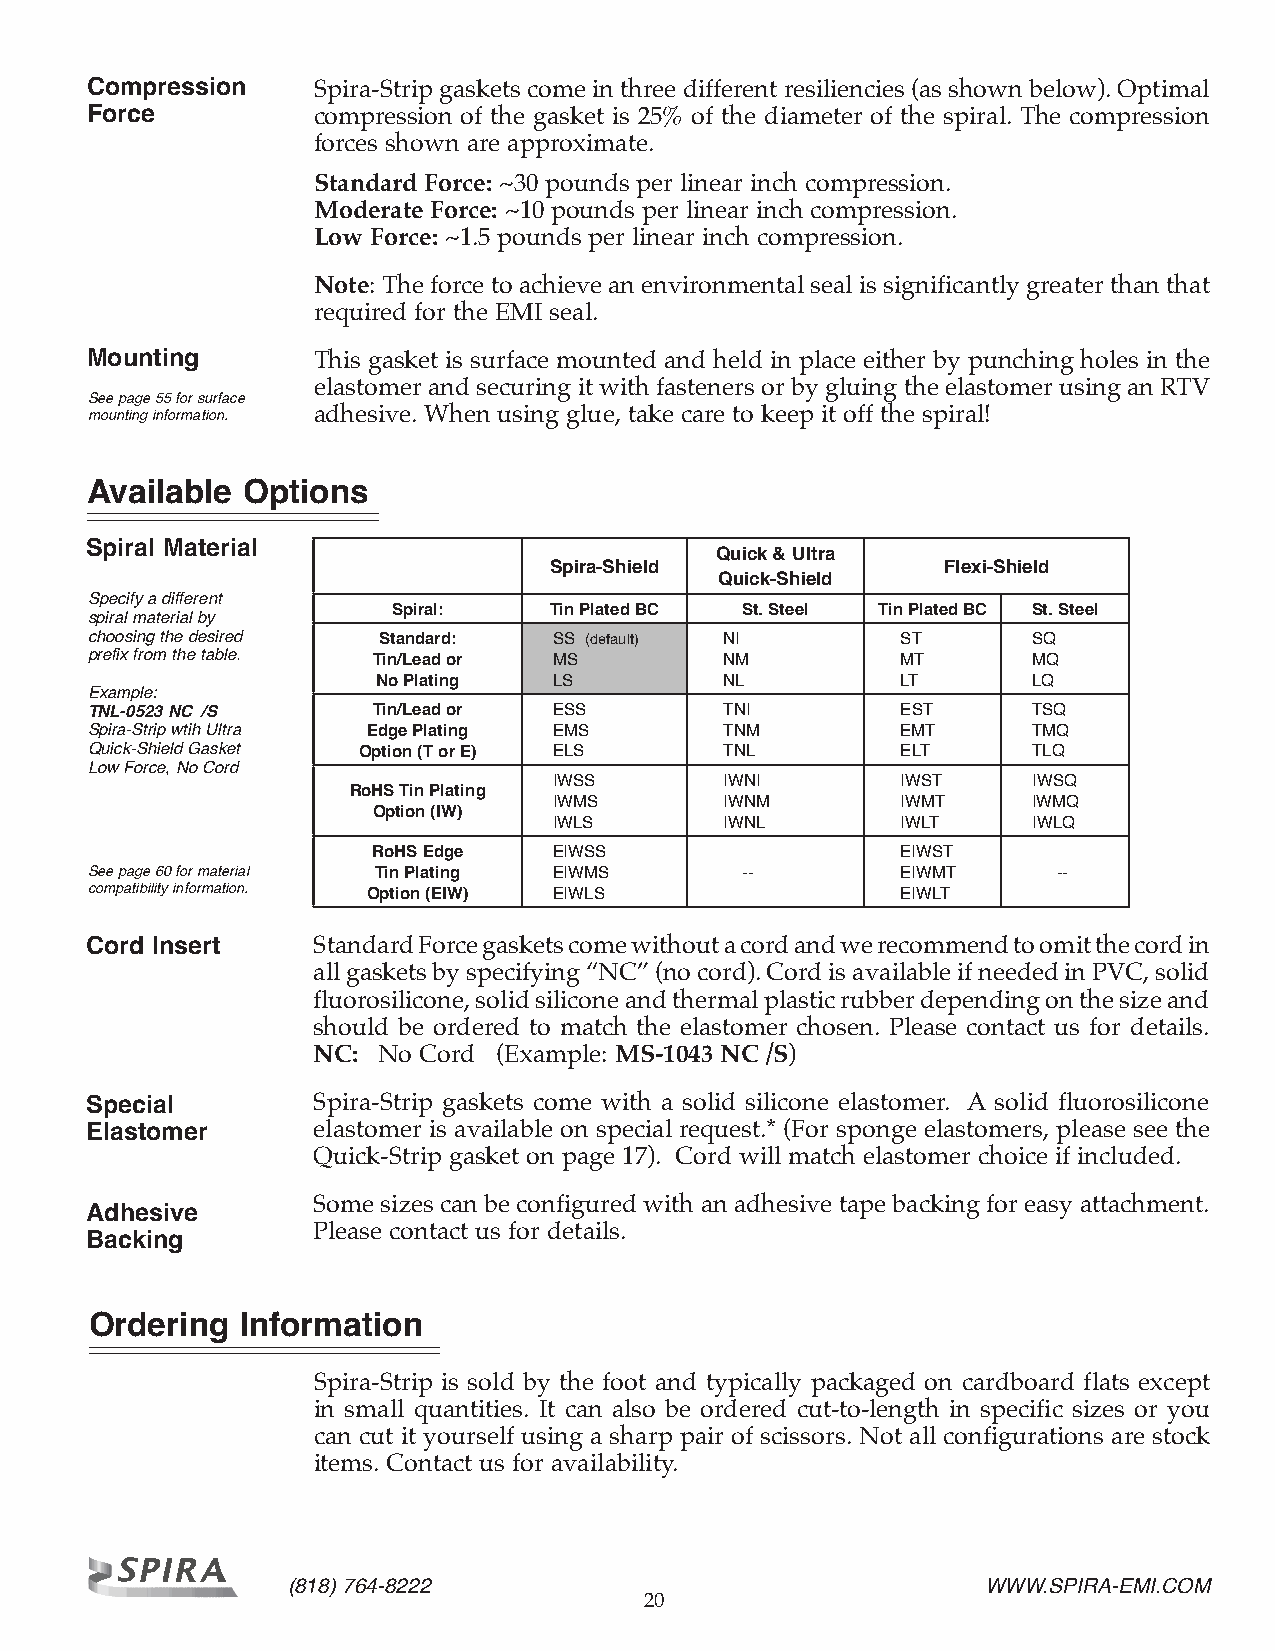
Compression    Spira-Strip gaskets come in three different resiliencies (as shown below). Optimal
 Force          compression of the gasket is 25% of the diameter of the spiral. The compression
 forces shown are approximate.
 Standard Force: ~30 pounds per linear inch compression.
 Moderate Force: ~10 pounds per linear inch compression.
 Low Force: ~1.5 pounds per linear inch compression.
 Note: The force to achieve an environmental seal is significantly greater than that
 required for the EMI seal.
 Mounting       This gasket is surface mounted and held in place either by punching holes in the
 elastomer and securing it with fasteners or by gluing the elastomer using an RTV
 See page 55 for surface
 mounting information. adhesive. When using glue, take care to keep it off the spiral!
 Available Options
 Spiral Material
 Quick & Ultra
 Spira-Shield               Flexi-Shield
 Quick-Shield
 Specify a different
 Spiral:   Tin Plated BC St. Steel Tin Plated BC St. Steel
 spiral material by
 choosing the desired Standard: SS (default) NI        ST      SQ
 prefix from the table. Tin/Lead or MS     NM          MT      MQ
 No Plating  LS         NL          LT      LQ
 Example:
 TNL-0523 NC /S     Tin/Lead or ESS        TNI         EST     TSQ
 Spira-Strip wtih Ultra Edge Plating EMS   TNM         EMT     TMQ
 Quick-Shield Gasket Option (T or E) ELS   TNL         ELT     TLQ
 Low Force, No Cord
 IWSS       IWNI        IWST    IWSQ
 RoHS Tin Plating
 IWMS       IWNM        IWMT    IWMQ
 Option (IW)
 IWLS       IWNL        IWLT    IWLQ
 RoHS Edge   EIWSS                  EIWST
 See page 60 for material Tin Plating EIWMS --         EIWMT     --
 compatibility information. Option (EIW) EIWLS         EIWLT
 Cord Insert    Standard Force gaskets come without a cord and we recommend to omit the cord in
 all gaskets by specifying “NC” (no cord). Cord is available if needed in PVC, solid
 fluorosilicone, solid silicone and thermal plastic rubber depending on the size and
 should be ordered to match the elastomer chosen. Please contact us for details.
 NC: No Cord (Example: MS-1043 NC /S)
 Special        Spira-Strip gaskets come with a solid silicone elastomer. A solid fluorosilicone
 Elastomer      elastomer is available on special request.* (For sponge elastomers, please see the
 Quick-Strip gasket on page 17). Cord will match elastomer choice if included.
 Some sizes can be configured with an adhesive tape backing for easy attachment.
 Adhesive
 Please contact us for details.
 Backing
 Ordering  Information
 Spira-Strip is sold by the foot and typically packaged on cardboard flats except
 in small quantities. It can also be ordered cut-to-length in specific sizes or you
 can cut it yourself using a sharp pair of scissors. Not all configurations are stock
 items. Contact us for availability.
 (818) 764-8222                                WWW.SPIRA-EMI.COM
 20